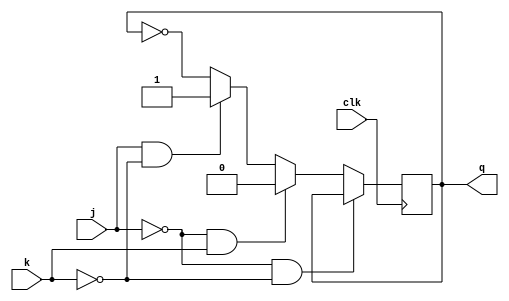
`timescale 1ns / 1ps
module jkff(j, k, clk, q);
    input j,k,clk;
    output q;
    reg q=0;
    always @ (negedge clk)
    begin
    if (j==0 && k==0)
    q<=q;
    else if (j==0 && k==1)
    q=0;
    else if (j==1 && k==0)
    q=1;
    else
    q<=~q;
    end
endmodule